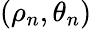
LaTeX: (\rho_{n},\theta_{n})